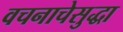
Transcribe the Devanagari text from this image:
वचनाचेसुद्धा